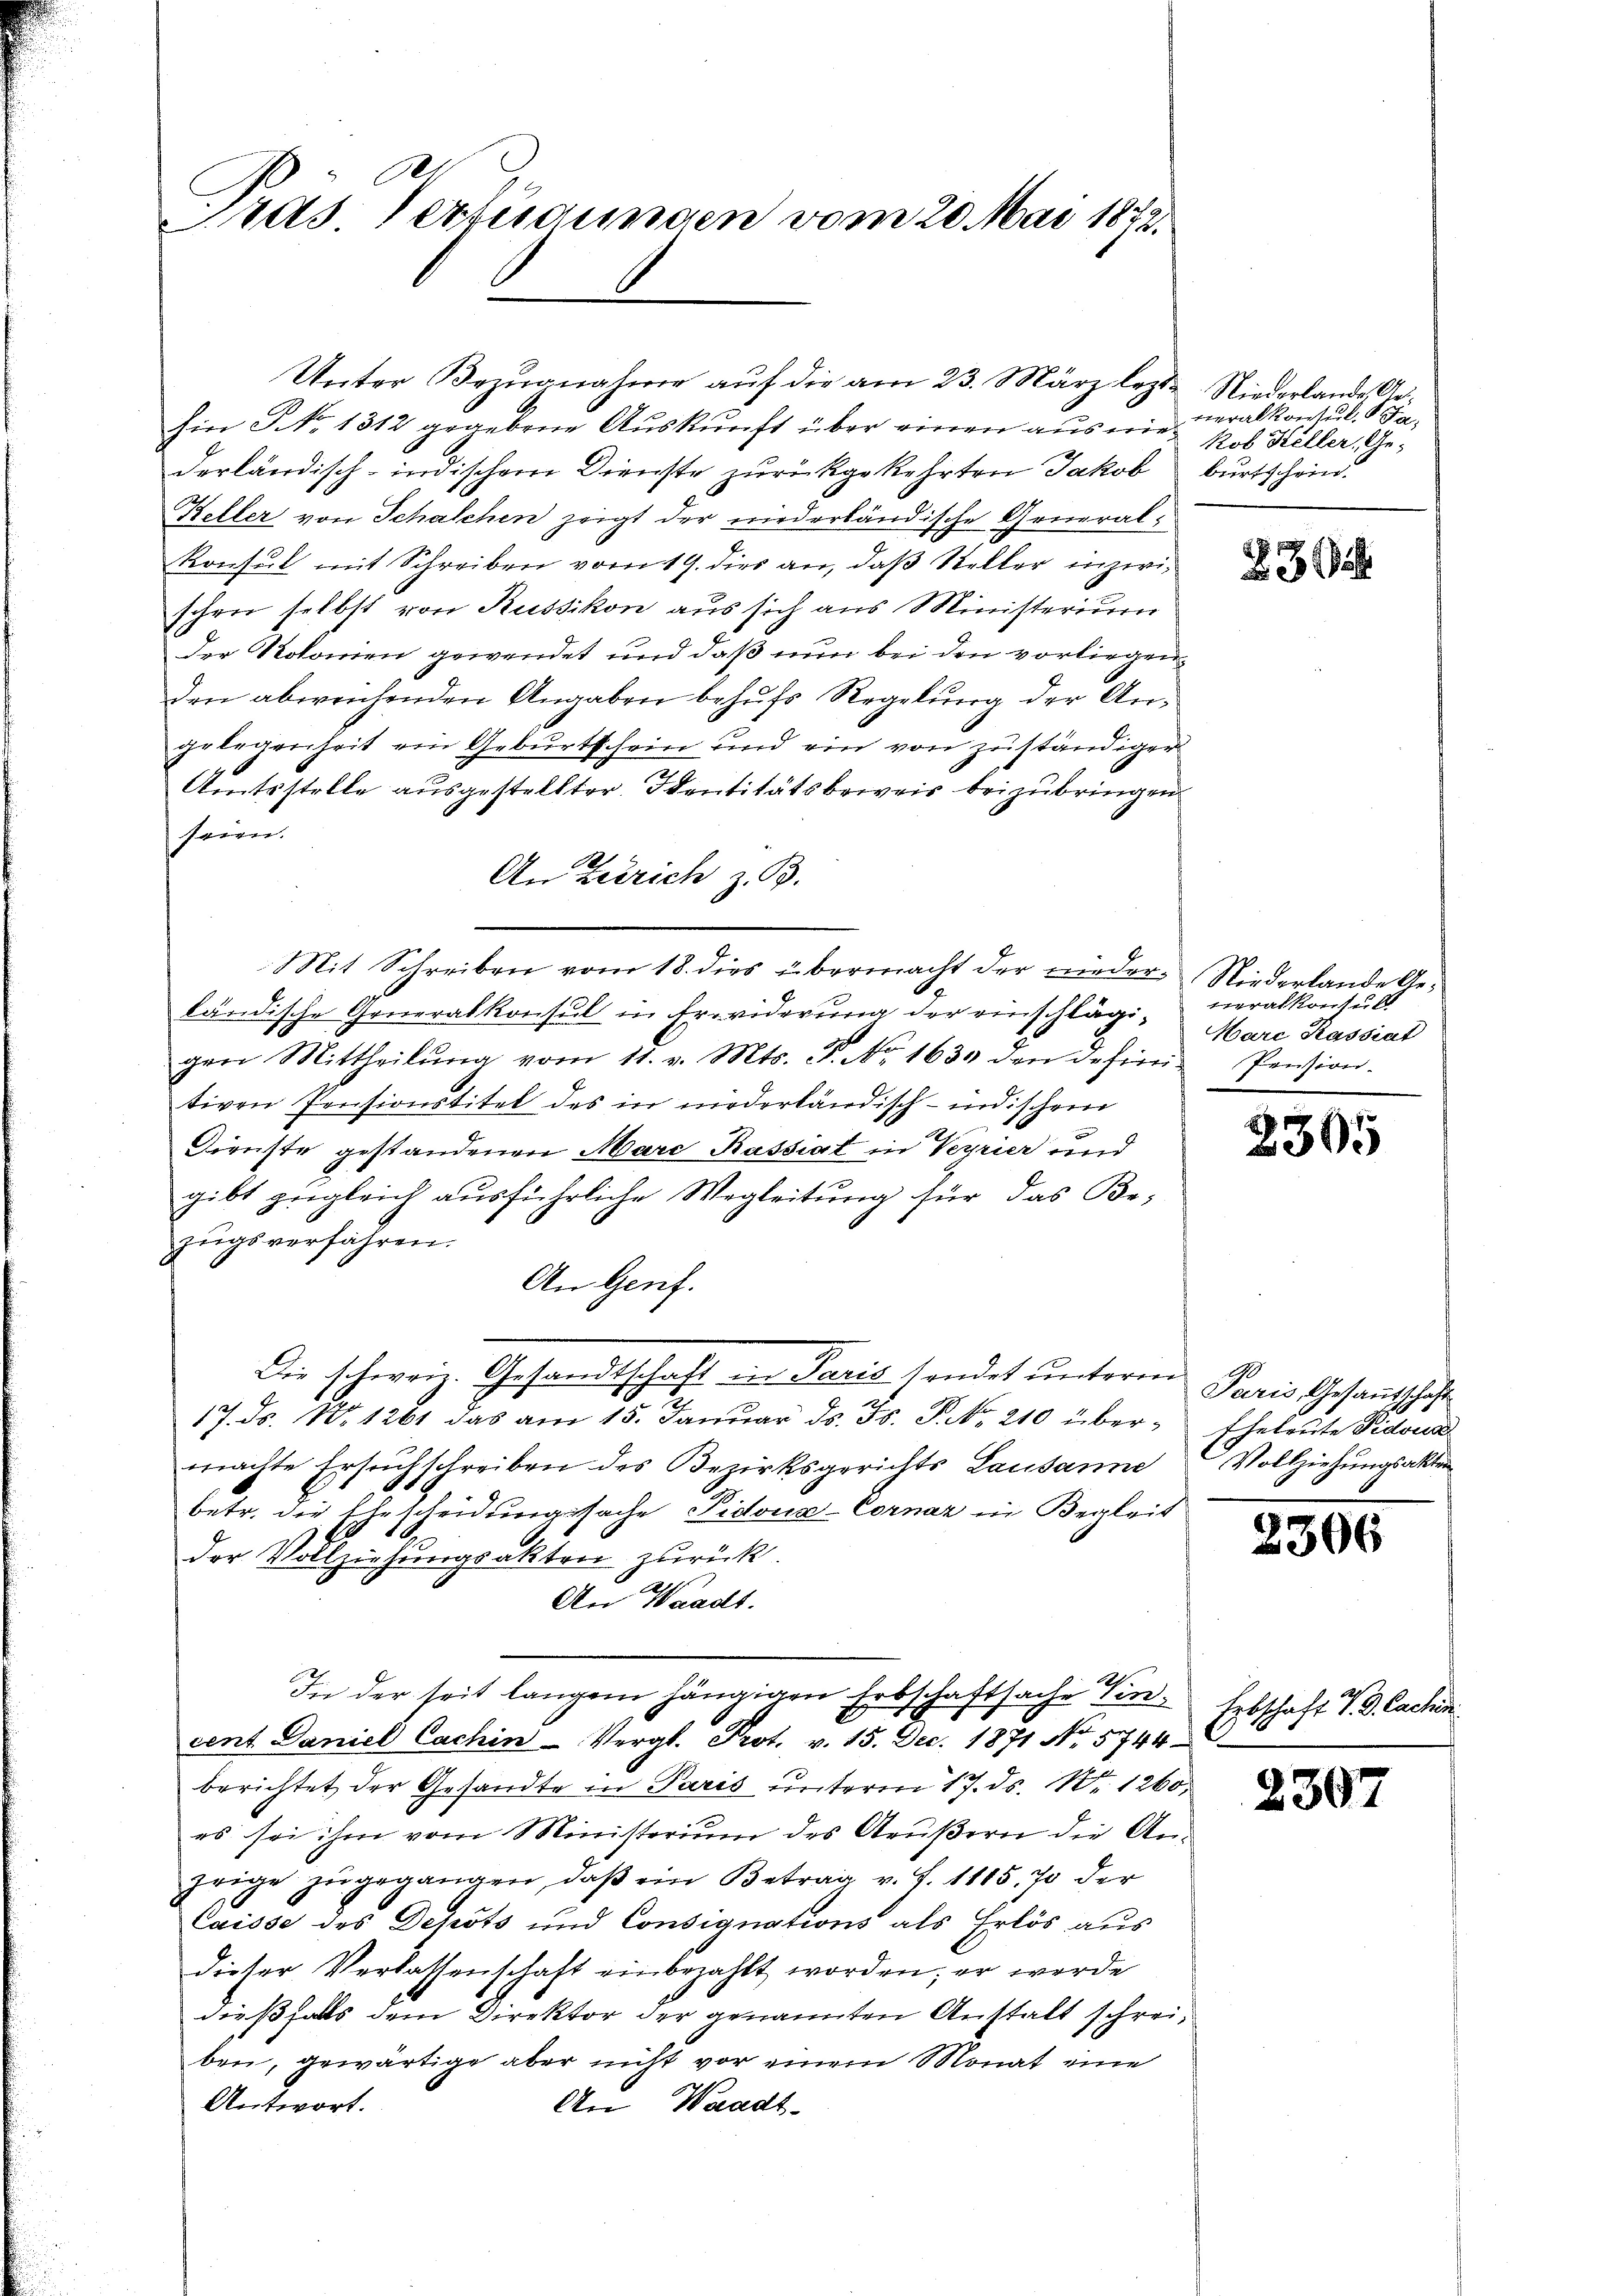
ras Verfügungen vom 20. Mai 1872.

hin No 1312 gegebene Aŭskŭnft über einen aŭs nie kob Keller. Ge-
derländisch-indischen Dienste zurückgekehrten Jakob burtschend.
Keller von Schalchen zeigt der niederländische General¬
Konsul mit Schreiben vom 19. dies an, daß Steller inzwischen selbst von Russikon aus sich aus Ministerium
der Rokomen gewendet und daß nun bei den vorliegenden abweichenden Angaben behufs Regelung der Angelegenheit ein Geburtschein und ein von zuständiger
Amtsstelle ausgestellter Identitätsbeweis beizubringen
seien.
A
An Zürich z. B.
ländische Generalkonsul in Erwiderung der einschlägigen Mittheilŭng vom 11. v. Mts. P. Nr. 1639 den desimi Pension.
tiven Pensionstitel des in niederländisch-indischen
Dienste gestandenen Mare Kassiat in Verrier und
gibt zŭgleich ausführliche Wegleitŭng für das Be-
zŭgsverfahren.
An Genf.
Die schweiz. Gesandtschaft an Perić sendet unterm Paris Gesandtschaft
17. ds. No. 1261 das am 15. Janŭar ds. Fs. P. Nr. 210 über- Eheleute Vidous
machte Ersuchschreiben des Bezirksgerichts Lausanne
betr. die Ehescheidungssache Sidoua-Cornar in Begleit
1
der Vollziehungsakten zurück.
An Waadt.
In der seit langen hängigen Erbschaftsache Vincent Daniel Cachin Vergl. Prot. v. 15. Dec. 1871 No 574. Erbschaft T. 3. Cachin
berichtet der Gesandte in Paris unterm 17. ds. Nr. 1260.
es sei ihm vom Ministerium des Aeußern die An-
hrige zŭgegangen, daβ ein Betrag v. J. 1115, 70 der
Caisse des Depots und Consignations als Erlös aus
dieser Verlassenschaft einbezahlt worden; er werde
dießfalls dem Direktor der genannten Anstalt schreiben, gewärtige aber nicht vor einem Monat eine
An Waadt-
Antwort.

Mit Schreiben vom 18. dies übermacht der nieder Niederlande Ge¬

Unter Bezugnahme auf die am 23. März lezt. Niederlande Ge¬

veralkonsul Ja,

23

tralkonsult
Ware Kassiat

2305

Vollziehungsakten

2306

230.